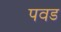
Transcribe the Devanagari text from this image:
पवड